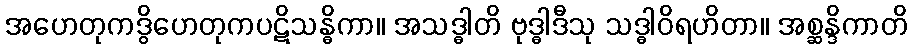
အဟေတုကဒွိဟေတုကပဋိသန္ဓိကာ။ အသဒ္ဓါတိ ဗုဒ္ဓါဒီသု သဒ္ဓါဝိရဟိတာ။ အစ္ဆန္ဒိကာတိ